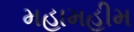
મહામહીમ